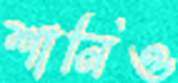
শানিও